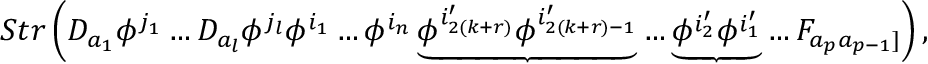
S t r \left( D _ { a _ { 1 } } \phi ^ { j _ { 1 } } \ldots D _ { a _ { l } } \phi ^ { j _ { l } } \phi ^ { i _ { 1 } } \ldots \phi ^ { i _ { n } } \underbrace { \phi ^ { i _ { 2 ( k + r ) } ^ { \prime } } \phi ^ { i _ { 2 ( k + r ) - 1 } ^ { \prime } } } \dots \underbrace { \phi ^ { i _ { 2 } ^ { \prime } } \phi ^ { i _ { 1 } ^ { \prime } } } \ldots F _ { a _ { p } a _ { p - 1 } ] } \right) ,